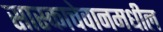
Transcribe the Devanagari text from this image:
सास्काचेवानमधील